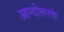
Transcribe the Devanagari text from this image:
आन्दोलनके